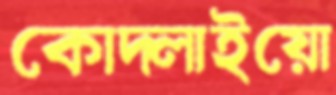
কোদ্‌লাইয়ো